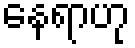
နေရာဟု